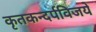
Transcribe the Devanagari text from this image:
कृतकन्दर्पविजये